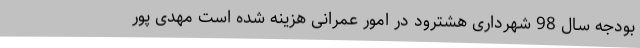
بودجه سال 98 شهرداری هشترود در امور عمرانی هزینه شده است مهدی پور